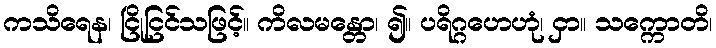
ကသိရေန၊ ငြိုငြင်သဖြင့်။ ကိလမန္တော၊ ၍။ ပရိဂ္ဂဟေဟုံ၊ ငှာ။ သက္ကောတိ၊